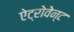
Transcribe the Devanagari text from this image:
ऐट्रोवेन्ट